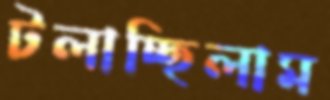
টলাচ্ছিলাম